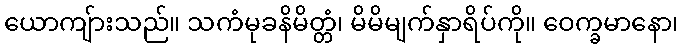
ယောကျ်ားသည်။ သကံမုခနိမိတ္တံ၊ မိမိမျက်နှာရိပ်ကို။ ဝေက္ခမာနော၊